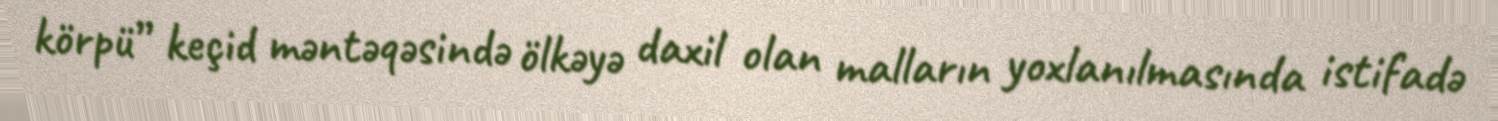
körpü” keçid məntəqəsində ölkəyə daxil olan malların yoxlanılmasında istifadə